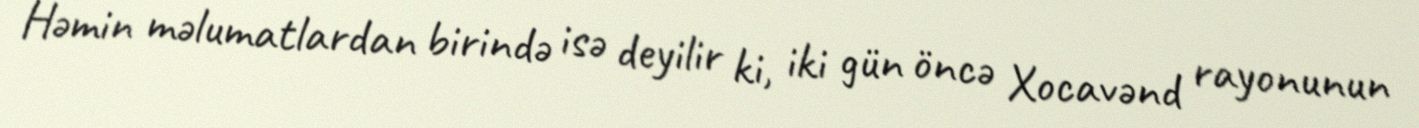
Həmin məlumatlardan birində isə deyilir ki, iki gün öncə Xocavənd rayonunun